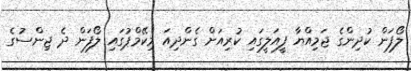
ލޯފަން ކުދިންގެ ޖަމިއްޔާ ފީއަލީގައި ކުރިއަށް ގެންދިއަ މިކޭމްޕުގައި ލޯފަން ދެ ޖިންސުގެ